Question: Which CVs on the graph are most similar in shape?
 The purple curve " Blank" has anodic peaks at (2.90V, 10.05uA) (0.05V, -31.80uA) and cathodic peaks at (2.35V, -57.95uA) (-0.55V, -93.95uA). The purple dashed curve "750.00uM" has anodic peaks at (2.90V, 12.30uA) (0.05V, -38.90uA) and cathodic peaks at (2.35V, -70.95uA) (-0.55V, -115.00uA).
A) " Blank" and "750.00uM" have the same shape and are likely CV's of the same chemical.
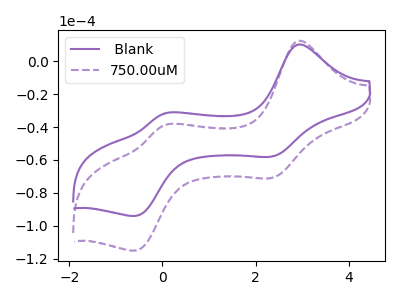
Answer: <think>All the peaks in " Blank" have a peak in "750.00uM" at the same potential.
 </think>
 <answer>A) " Blank" and "750.00uM" have the same shape and are likely CV's of the same chemical.</answer>
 <eval>A</eval>